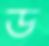
ড